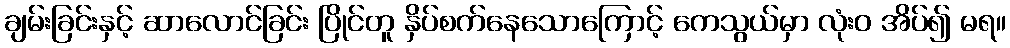
ချမ်းခြင်းနှင့် ဆာလောင်ခြင်း ပြိုင်တူ နှိပ်စက်နေသောကြောင့် ကေသွယ်မှာ လုံးဝ အိပ်၍ မရ။